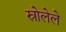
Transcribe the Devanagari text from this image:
स्रोलेले